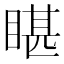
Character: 𭿄